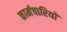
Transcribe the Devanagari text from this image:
कार्मचारियों